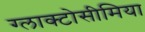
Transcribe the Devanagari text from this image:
ग्लाक्टोसीमिया